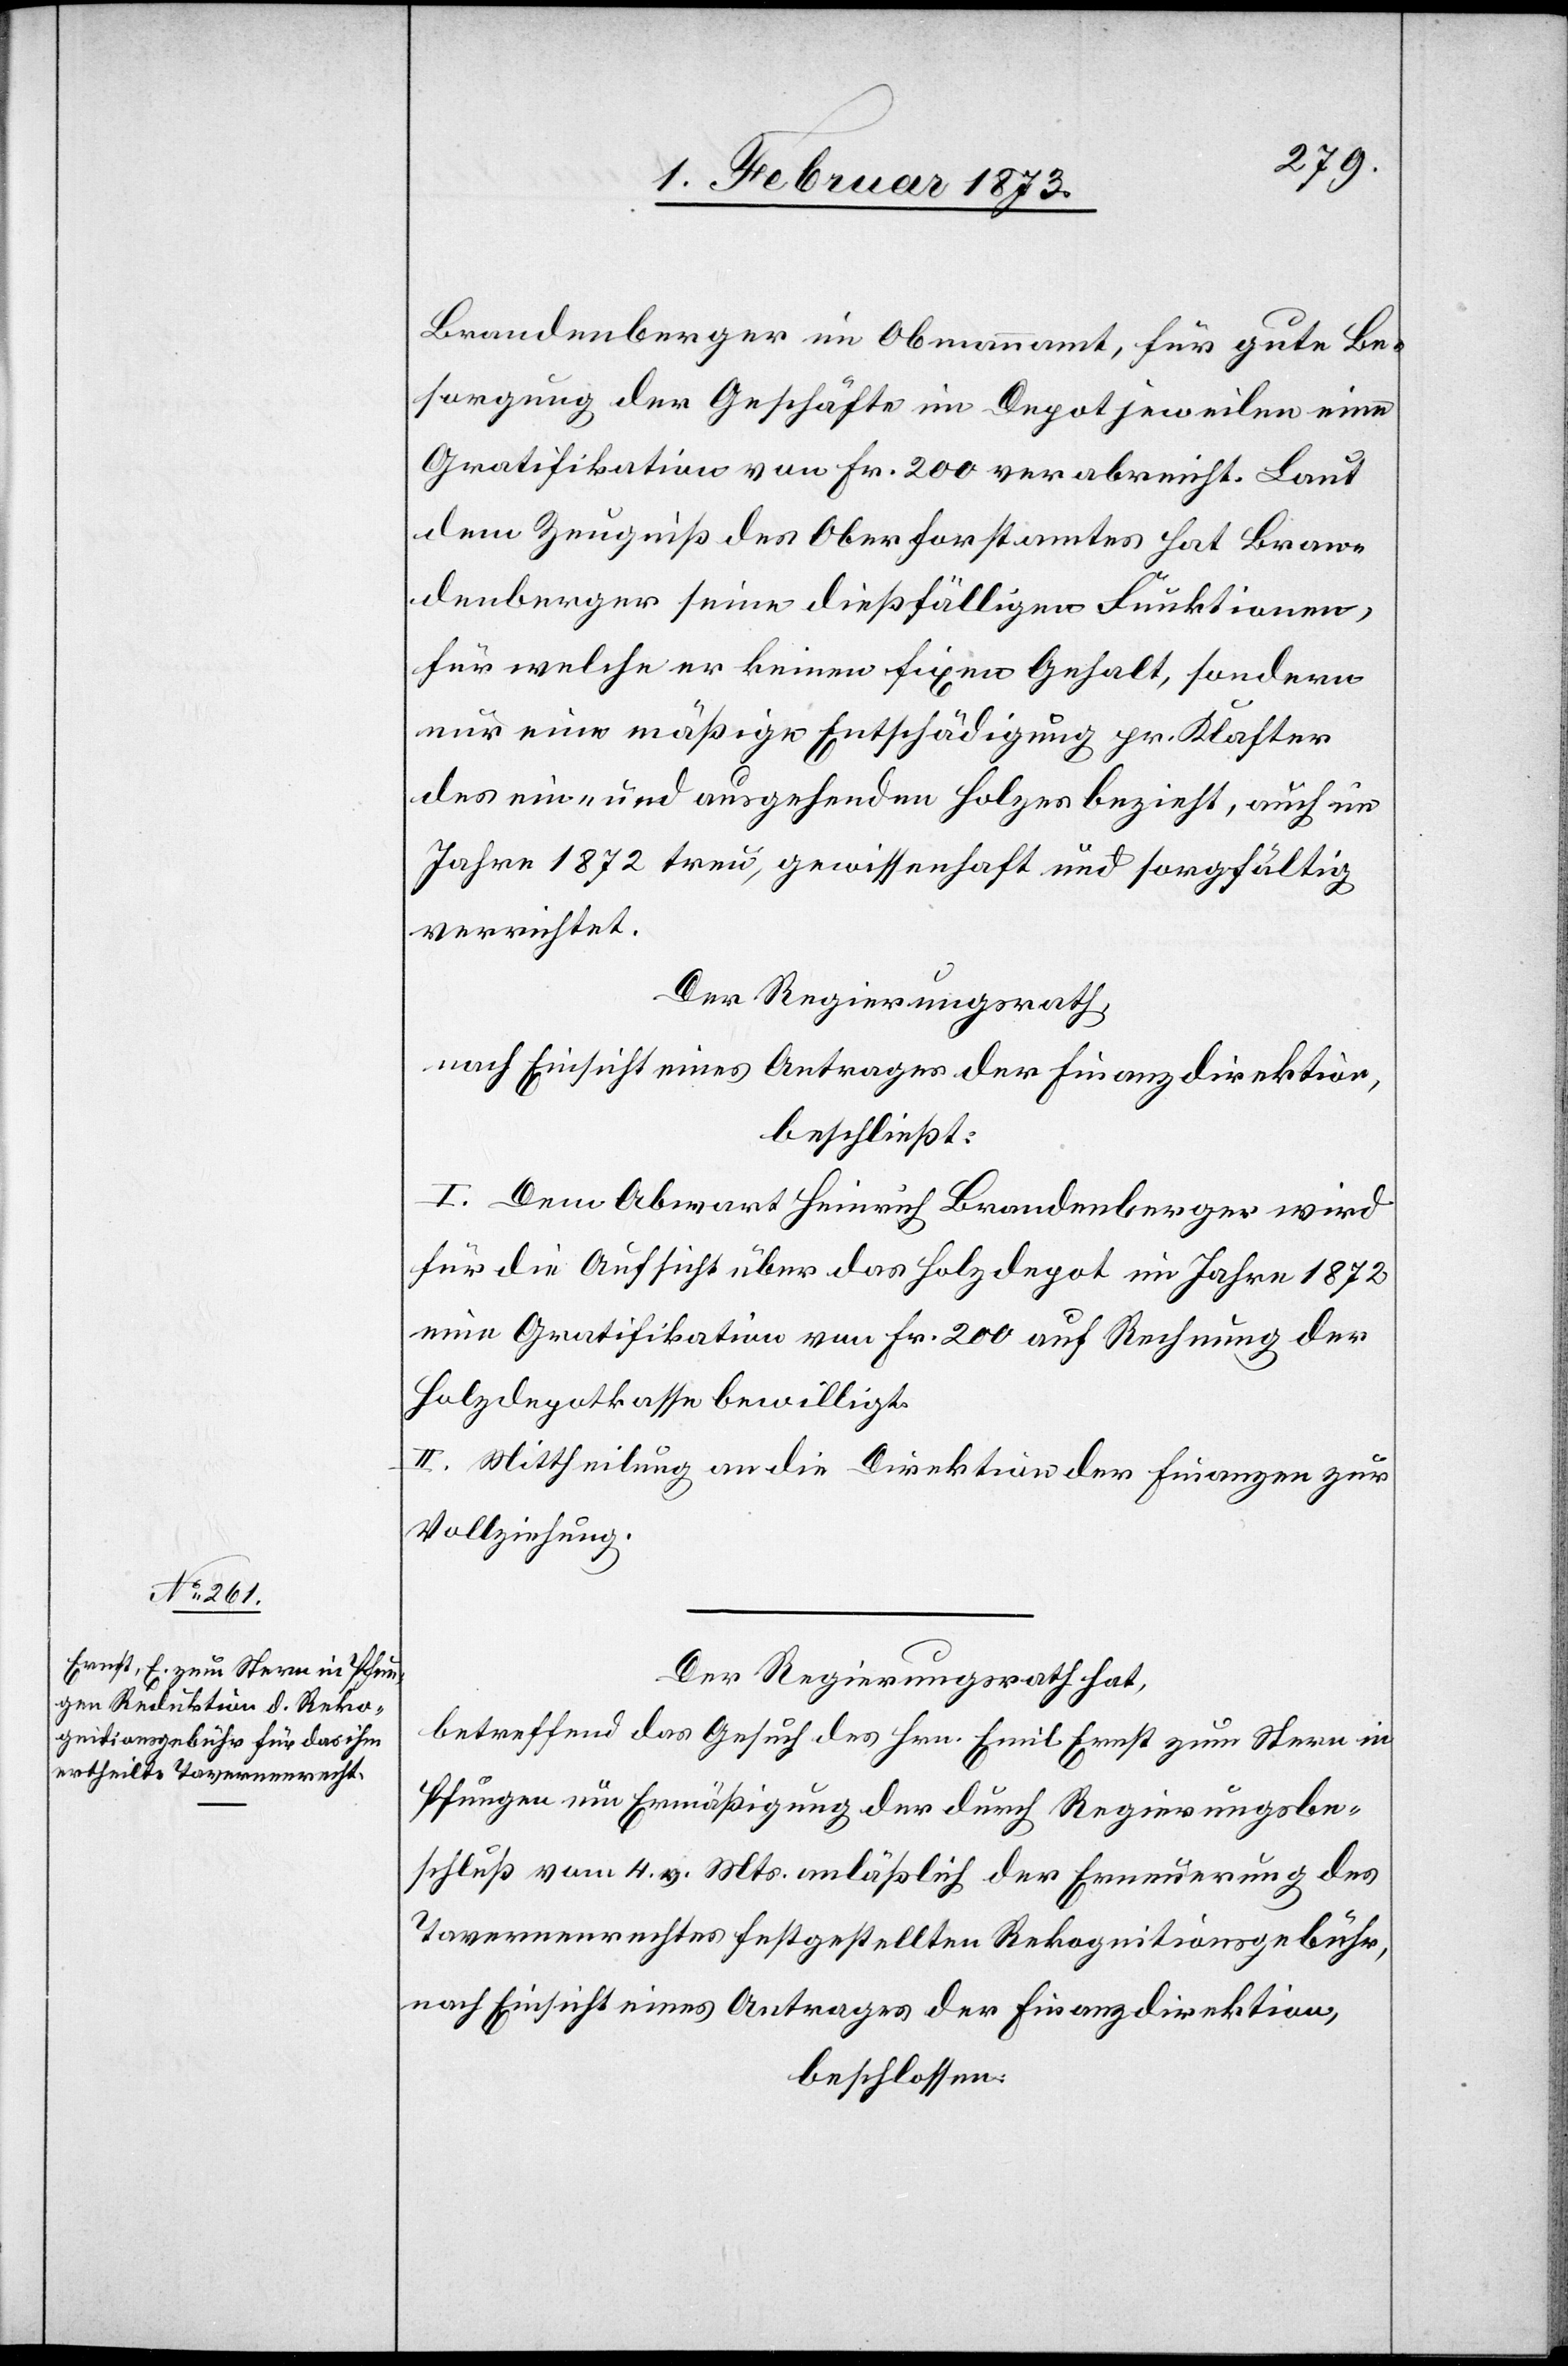
Brandenberger im Obmannamt, für gute Be¬
sorgung der Geschäfte im Depot jeweilen eine
Gratifikation von Fr. 200 verabreicht. Laut
dem Zeugniß des Oberforstamtes hat Bra¬
ndenberger seine dießfälligen Funktionen,
für welche er keinen fixen Gehalt, sondern
nur eine mäßige Entschädigung pr. Klaster
des ein- und ausgehenden Holzes bezieht, auch im
Jahre 1872 treu, gewissenhaft und sorgfältig
verrichtet.
Der Regierungsrath,
nach Einsicht eines Antrages der Finanzdirektion,
beschließt:
I. Dem Abwart Heinrich Brandenberger wird
für die Aufsicht über das Holzdepot im Jahre 1872
eine Gratifikation von Fr. 200 auf Rechnung der
Holzdepotkasse bewilligt.
II. Mittheilung an die Direktion der Finanzen zur
Vollziehung.
Der Regierungsrath hat,
betreffend das Gesuch des Hrn. Emil Ernst zum Stern in
Pfungen um Ermäßigung der durch Regierungsbe¬
schluß vom 4. v. Mts. anläßlich der Erneuerung des
Tavernenrechtes festgestellten Rekognitionsgebühr,
nach Einsicht eines Antrages der Finanzdirektion,
beschlossen: